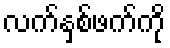
လက်နှစ်ဖက်ကို